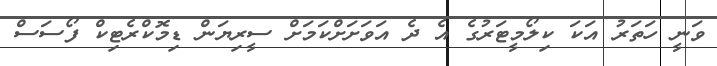
ވަނީ ހަތަރު އަކަ ކިލޯމީޓަރުގެ އެ ދެ އަވަށަށްކަމަށް ސީރިޔަން ޑިމޮކްރެޓިކް ފޯސަސް